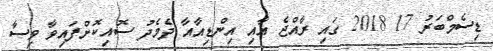
ޑިސެމްބަރު 17 2018 ގައި ރާއްޖެ އާއި އިންޑިއާއާ ދެމެދު ސޮއިކޮށްފައިވާ ވިސާ